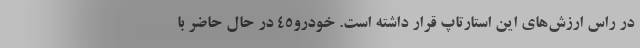
در راس ارزش‌های این استارتاپ قرار داشته است. خودرو۴۵ در حال حاضر با